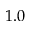
1 . 0